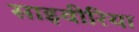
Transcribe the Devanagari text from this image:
साइवीरिया